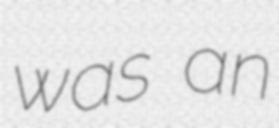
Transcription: was an